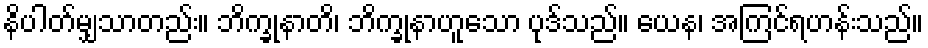
နိပါတ်မျှသာတည်း။ ဘိက္ခုနာတိ၊ ဘိက္ခုနာဟူသော ပုဒ်သည်။ ယေန၊ အကြင်ရဟန်းသည်။